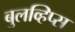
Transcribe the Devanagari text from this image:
बुलव्हिप्स